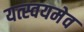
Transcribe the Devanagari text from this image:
यत्स्वयमेव